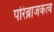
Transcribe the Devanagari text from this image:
परिब्राजकत्व